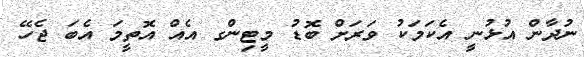
ނުދާން އުޅުނީ އެކަމަކު ވަރަށް ބޮޑު މީޓިންގ އެއް އޮތީމަ އެބަ ޖެހޭ